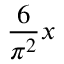
{ \frac { 6 } { \pi ^ { 2 } } } x